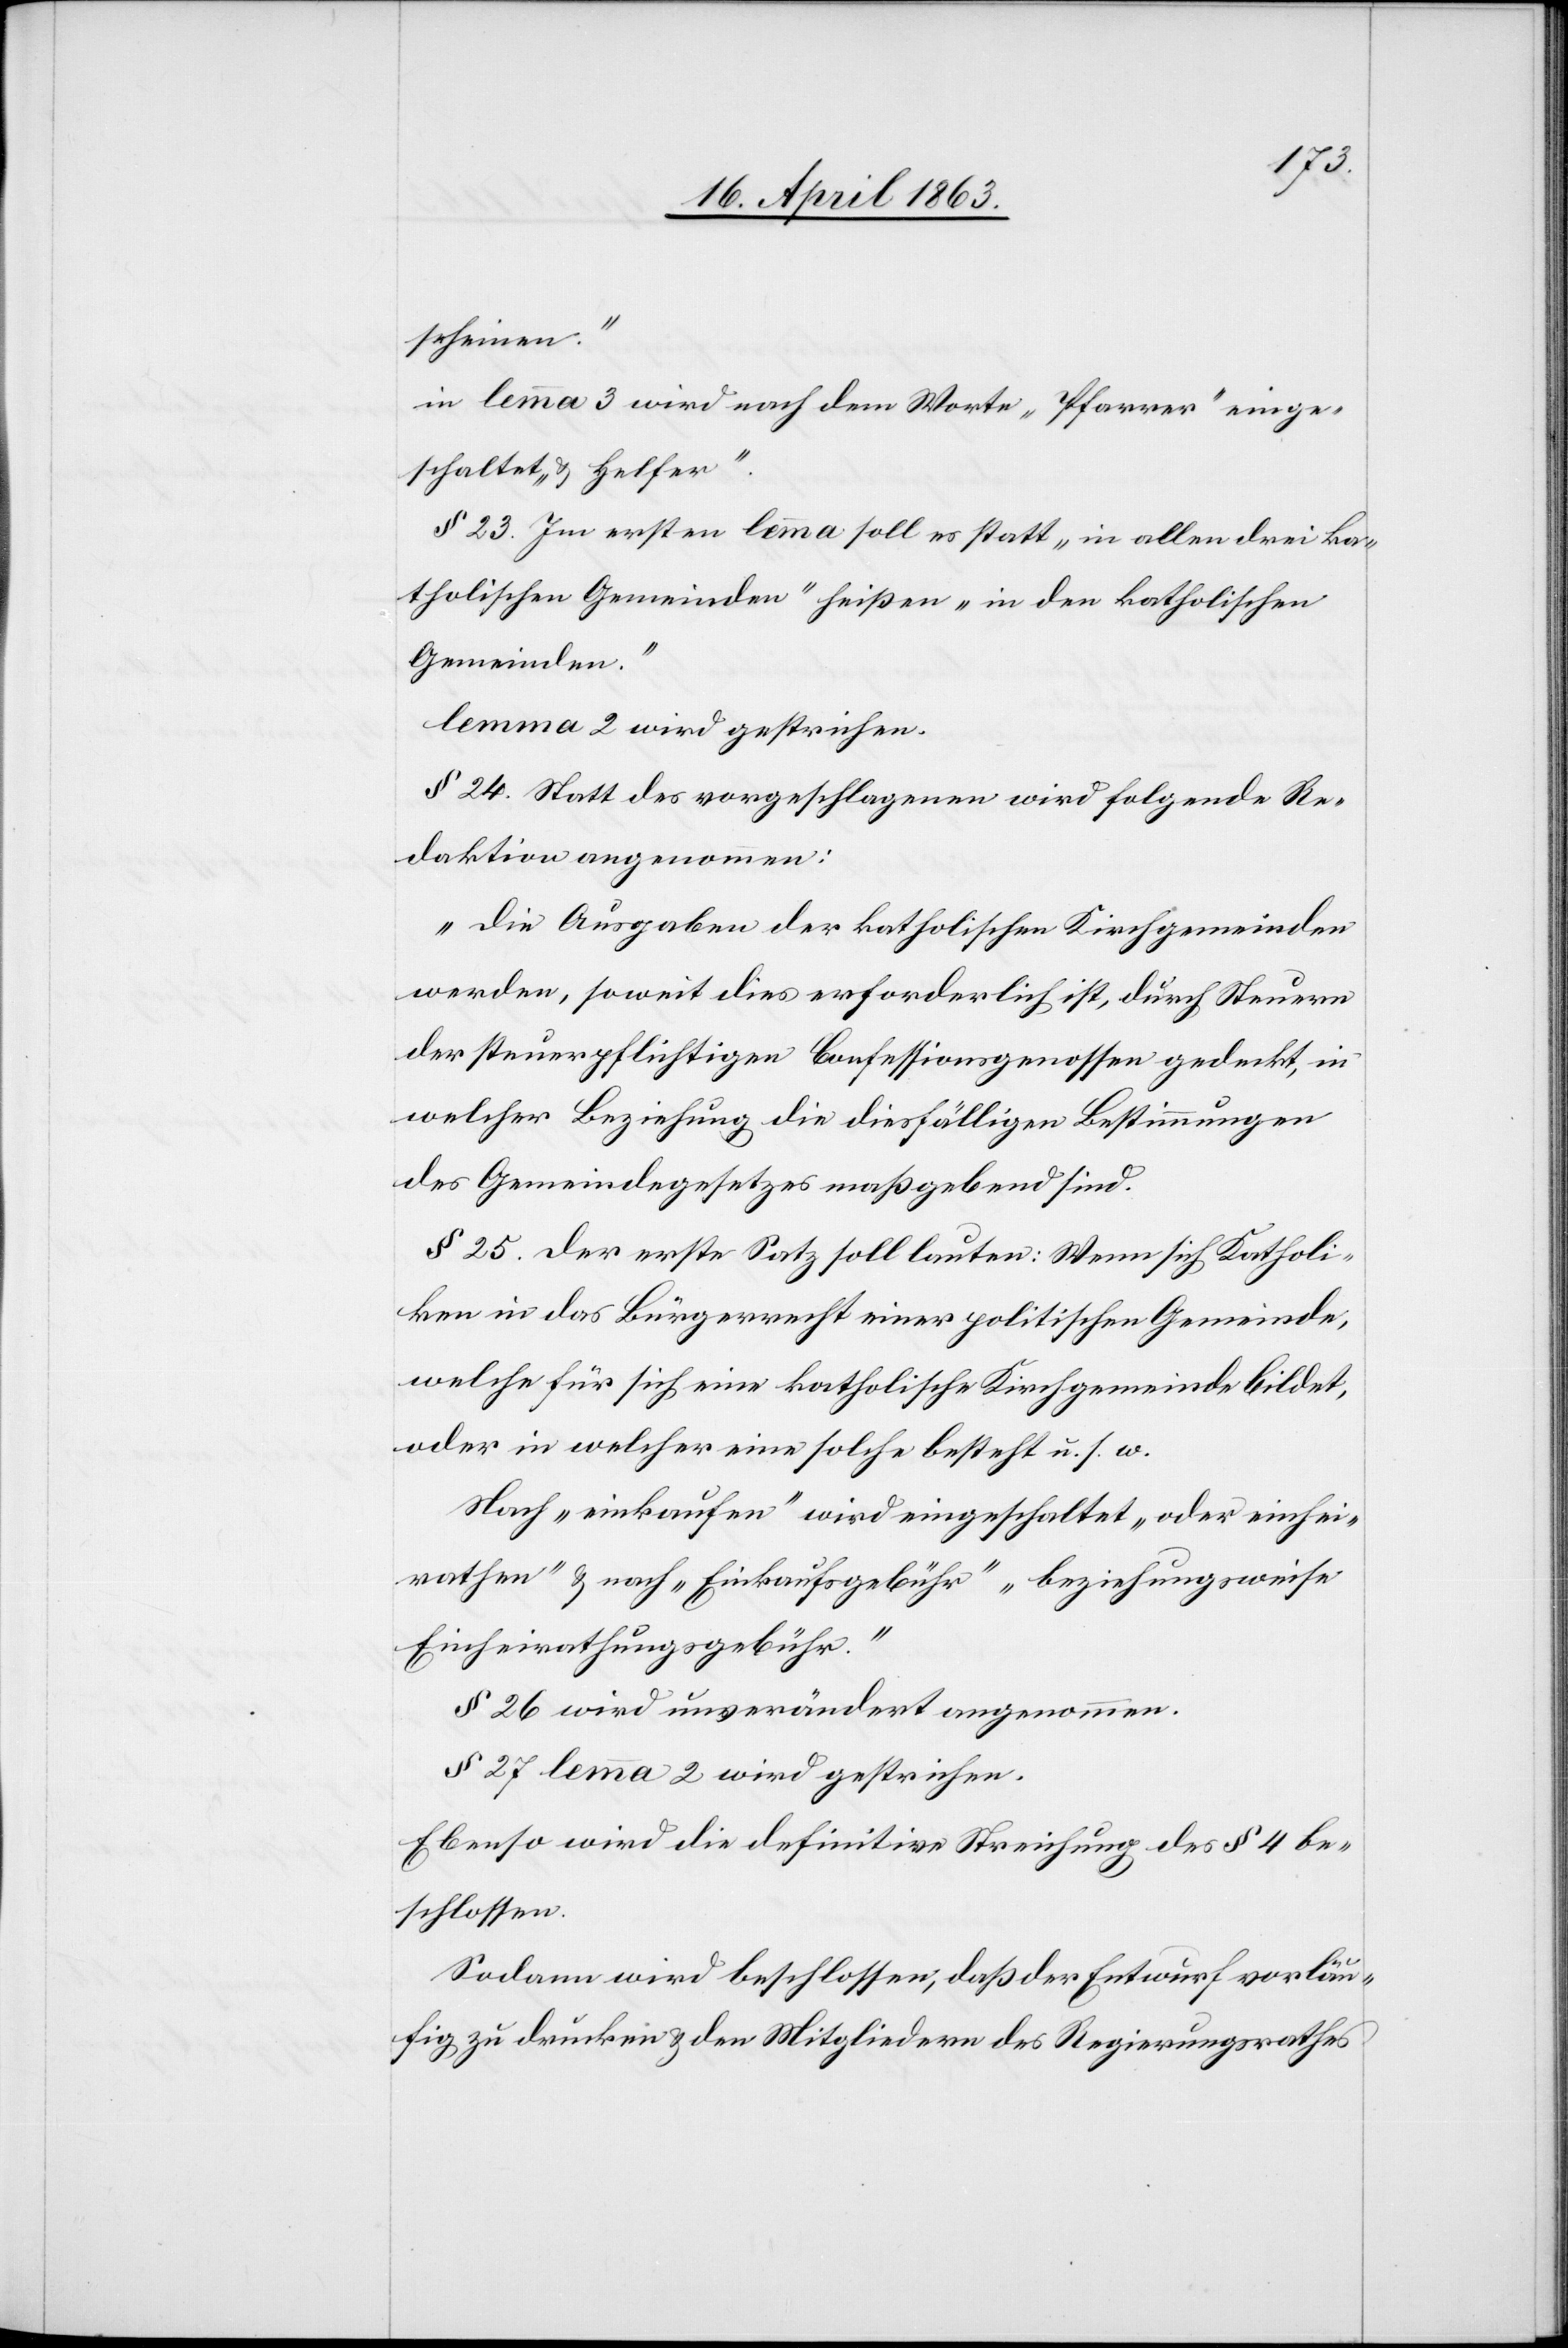
scheinen.“
in lemma 3 wird nach dem Worte „Pfarrer“ einge¬
schaltet „& Helfer“.
§ 23. Im ersten lemma soll es statt „in allen drei ka¬
tholischen Gemeinden“ heißen „in den katholischen
Gemeinden“.
lemma 2 wird gestrichen.
§ 24. Statt des vorgeschlagenen wird folgende Re¬
daktion angenommen:
„Die Ausgaben der katholischen Kirchgemeinden
werden, soweit dies erforderlich ist, durch Steuern
der steuerpflichtigen Confessionsgenossen gedeckt, in
welcher Beziehung die diesfälligen Bestimmungen
des Gemeindegesetzes maßgebend sind.“
§ 25. Der erste Satz soll lauten: Wenn sich Katholi¬
ken das Bürgerrecht einer politischen Gemeinde,
welche für sich eine katholische Kirchgemeinde bildet,
oder in welcher eine solche besteht u. s. w.
Nach „einkaufen“ wird eingeschaltet „oder einhei¬
rathen“ & nach „Einkaufsgebühr“ „beziehungsweise
Einheirathungsgebühr“.
§ 26 wird unverändert angenommen.
§ 27 lemma 2 wird gestrichen.
Ebenso wird die definitive Streichung des § 4 be¬
schlossen.
Sodann wird beschlossen, daß der Entwurf vorläu¬
fig zu drucken & den Mitgliedern des Regierungsrathes